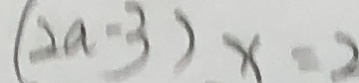
( 2 a - 3 ) x = 2